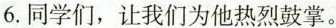
6.同学们，让我们为他热烈鼓掌。